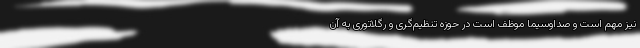
نیز مهم است و صداوسیما موظف است در حوزه تنظیم‌گری و رگلاتوری به آن